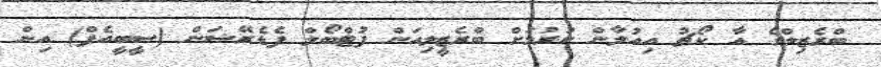
ބްރެޒިލްގެ އާ ކޯޗު އިއުލާން ކުރުމަށް ބްރެޒީލިއަން ފުޓްބޯލް ފެޑެރޭޝަން (ސީބީއެފް) އިން